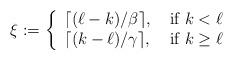
LaTeX: \begin{align*} \xi := \left \{ \begin{array}{lc} \lceil (\ell - k) / \beta \rceil, & \textrm{ if } k < \ell \\ \lceil (k - \ell) / \gamma \rceil, & \textrm{ if } k \ge \ell \end{array} \right. \end{align*}